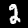
Digit: 2